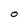
Character: O